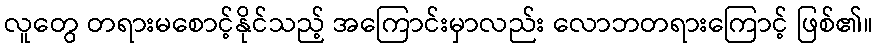
လူတွေ တရားမစောင့်နိုင်သည့် အကြောင်းမှာလည်း လောဘတရားကြောင့် ဖြစ်၏။